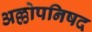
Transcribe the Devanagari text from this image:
अल्लोपनिषद